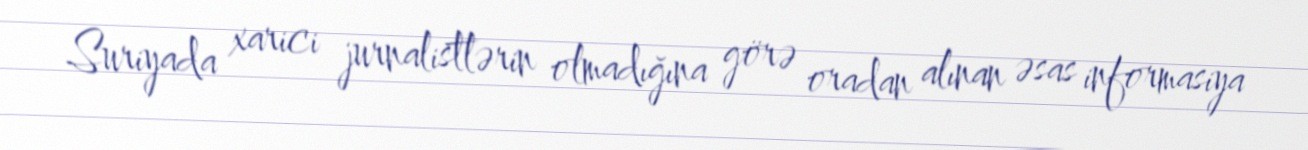
Suriyada xarici jurnalistlərin olmadığına görə oradan alınan əsas informasiya